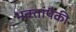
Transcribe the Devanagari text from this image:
भक्तांपैकी